Tartu_Kolgata_baptistikogudus, lk 104
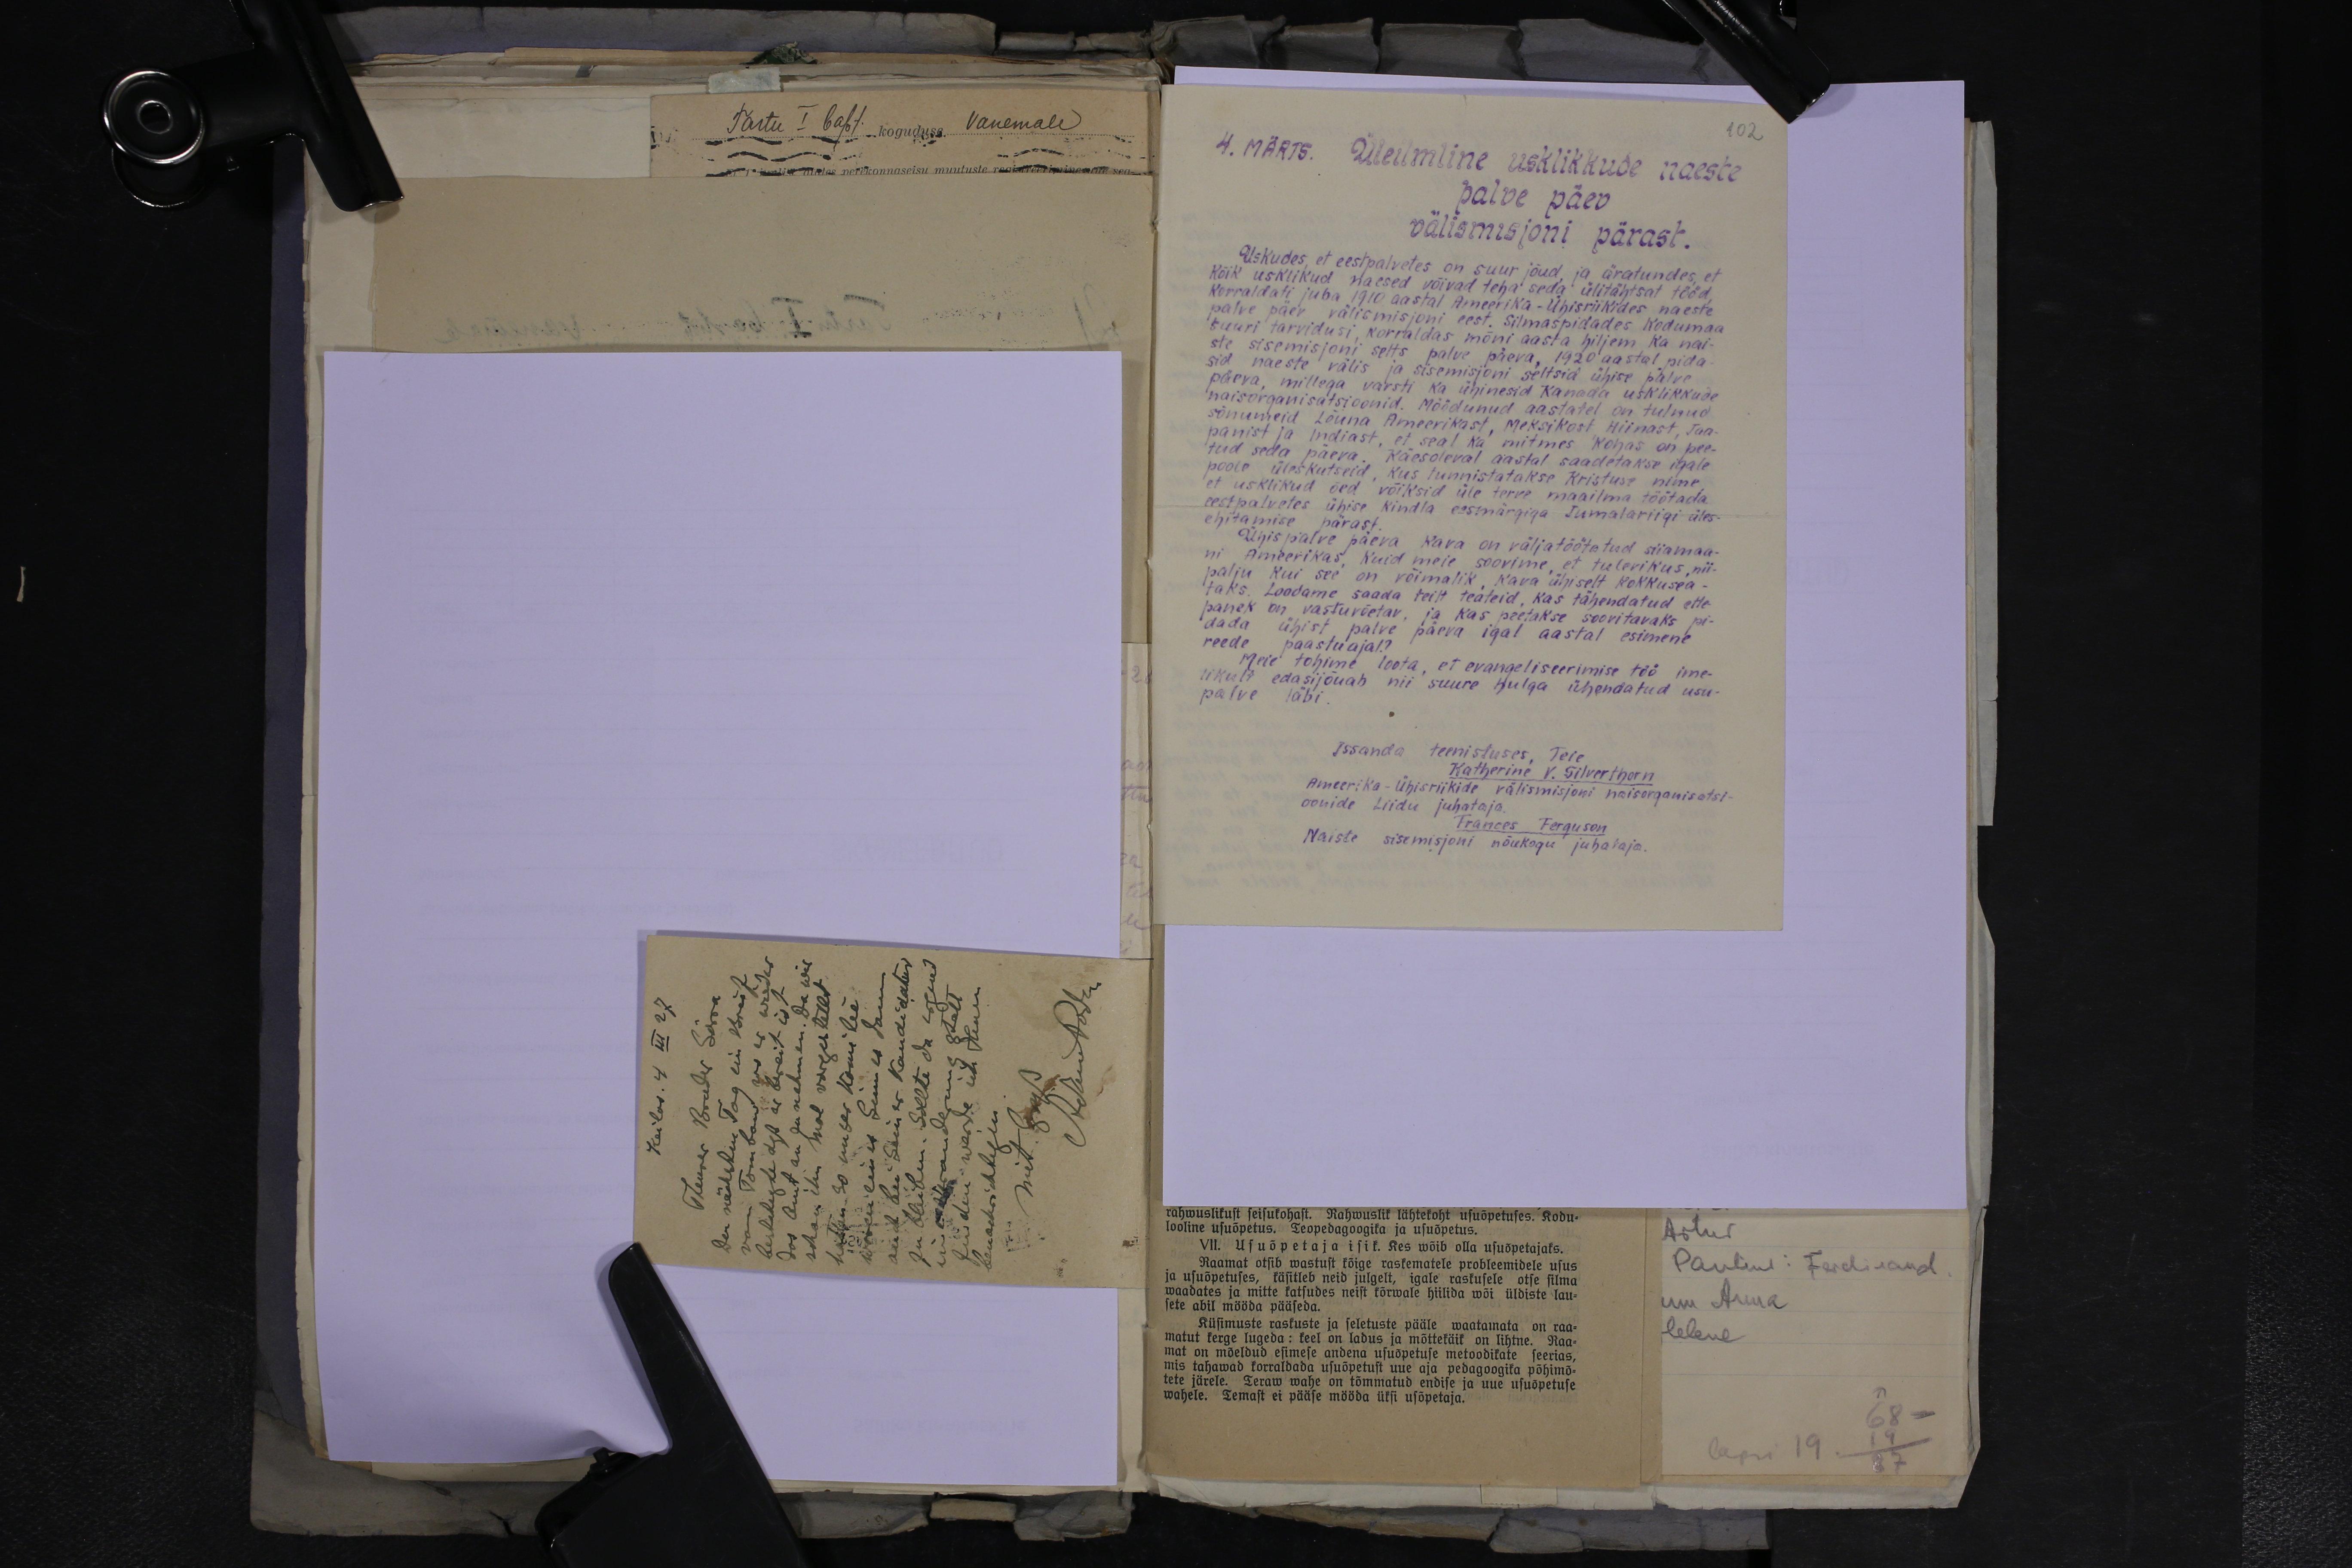
102
4. MÄRTS. Üleilmline usklikkude naeste-
palve päev
välismisjoni pärast
Uskudes, et eestpalvetes on suur jõud ja äratundes, et
Kõik usklikud naesed võivad teha seda ülitähtsat tööd,
Korraldati juba 1910 aastal Ameerika-Ühisriikides naeste
palve päev välismisjoni eest. Silmaspidades kodumaa
suuri tarvidusi, korraldas mõni aasta hiljem ka nai-
ste sisemisjoni selts palve päeva, 1920 aastal pida-
sid naeste välis ja sisemisjoni seltsid ühise palve
päeva, millega varsti ka ühinesid Kanada usklikkude
naisorganisatsioonid. Möödunud aastatel on tulnud
sõnumeid Lõuna Ameerikast, Meksikost Hiinast, Jaa-
panist ja Indiast, et seal ka mitmes kohas on pee-
tud seda päeva. Käesoleval aastal saadetakse igale
poole üleskutseid, kus tunnistatakse Kristuse nime,
et usklikud õed võiksid üle terve maailma töötada
eestpalvetes ühise kindla eesmärgiga Jumalariigi üles-
ehitamise pärast.
Ühispalve päeva kava on väljatöötud siiamaa-
ni Ameerikas. Kuid meie soovime, et tulevikus nii
palju kui see on võimalik kava ühiselt kokkusea-
taks. Loodame saada teilt teateid, kas tähendatud ette-
panek on vastuvõetav, ja kas peetakse soovitavaks pi-
dada ühist palve päeva igal aastal esimene
reede paastuajal?
Meie tohime loota, et evangeliseerimise töö ime-
likult edasijõuab nii suure hulga ühendatud usu-
palve läbi.
Issanda teenistuses, Teie
Katherine V. Silverthorn
Ameerika-Ühisriikide välismisjoni naisorganisatsi-
oonide Liidu juhataja
Frances Ferguson
Naiste sisemisjoni nõukogu juhataja.